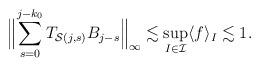
LaTeX: \begin{align*}\Bigl\lVert \sum_{s=0} ^{j-k_0 } T _{\mathcal S (j,s)} B _{j-s} \Bigr\rVert _{\infty } \lesssim \sup _{I\in \mathcal{I}} \langle f\rangle_I \lesssim 1. \end{align*}